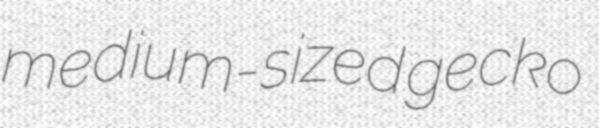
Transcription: medium-sized gecko